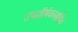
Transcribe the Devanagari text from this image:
उपशीर्षकांसहित